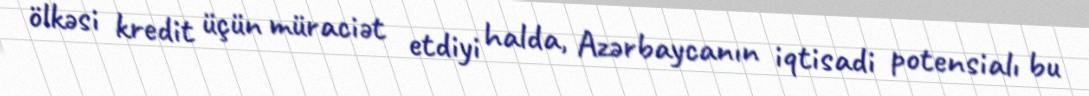
ölkəsi kredit üçün müraciət etdiyi halda, Azərbaycanın iqtisadi potensialı bu